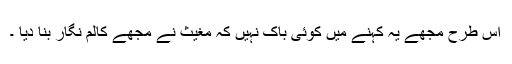
اس طرح مجھے یہ کہنے میں کوئی باک نہیں کہ مغیث نے مجھے کالم نگار بنا دیا ۔